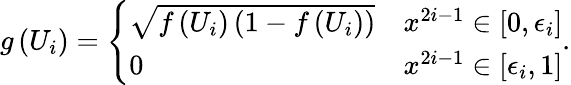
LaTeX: g\left(U_{i}\right)=\left\{ \begin{array}{ll}{{\sqrt{f\left(U_{i}\right)\left(1-f\left(U_{i}\right)\right)}}}&{{x^{2i-1}\in\left[0,\epsilon_{i}\right]}}\\ {{0}}&{{x^{2i-1}\in\left[\epsilon_{i},1\right]}}\end{array}\right..